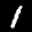
Label: 1